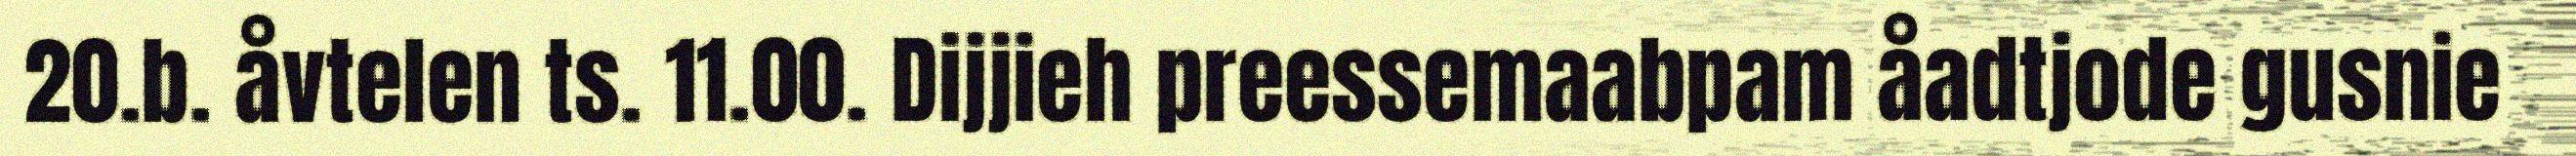
20.b. åvtelen ts. 11.00. Dijjieh preessemaabpam åadtjode gusnie